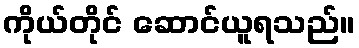
ကိုယ်တိုင် ဆောင်ယူရသည်။